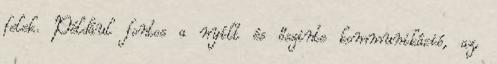
felek. Például fontos a nyílt és őszinte kommunikáció, az,